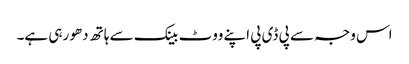
اس وجہ سے پی ڈی پی اپنے ووٹ بینک سے ہاتھ دھو رہی ہے۔